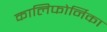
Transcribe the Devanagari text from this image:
कालिफोर्निका